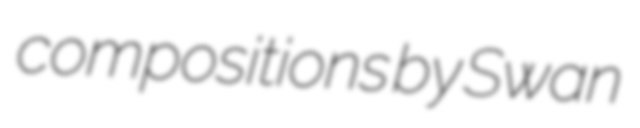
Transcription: compositions by Swan